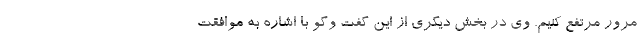
مرور مرتفع کنیم. وی در بخش دیگری از این گفت وگو با اشاره به موافقت